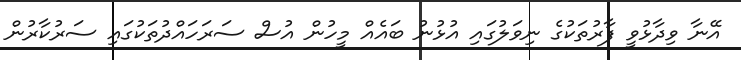
އޭނާ ވިދާޅުވީ ފާރުތަކުގެ ނިވަލުގައި އުޅުނު ބައެއް މީހުން އުސް ސަރަހައްދުތަކުގައި ސަރުކާރުން